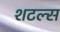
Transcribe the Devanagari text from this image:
शटल्स